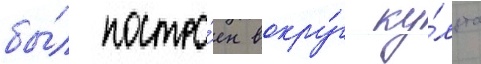
бы́л постро́ен вокру́г ку́льта